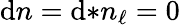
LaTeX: \mathrm{d}n=\mathrm{d}{*n_{\ell}}=0